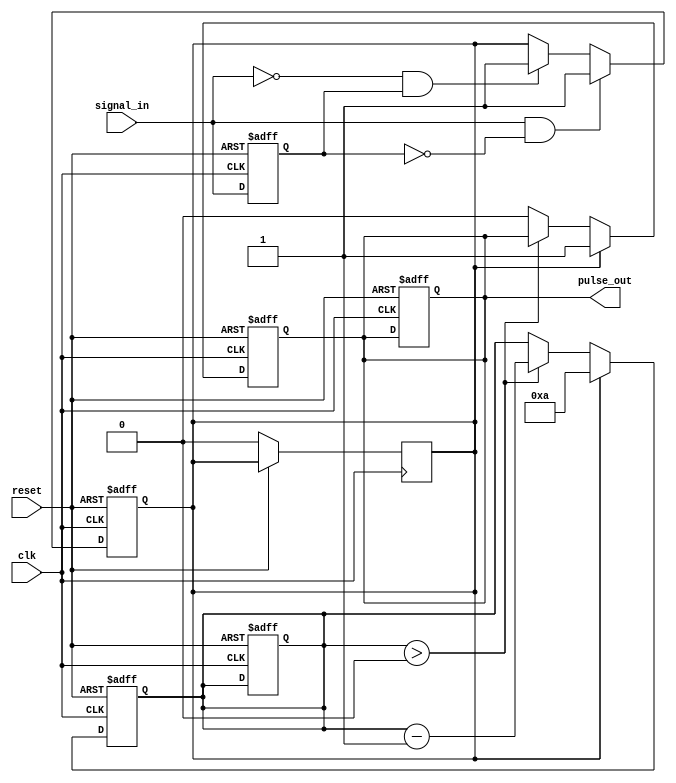
module MonostableEdgeDetector(
    input wire clk,          // Clock input
    input wire reset,        // Reset input
    input wire signal_in,    // Input signal to detect edges
    output reg pulse_out     // Output pulse
);

    reg signal_prev;         // Previous state of input signal
    reg pulse_gen;           // Internal signal for pulse generation
    reg [3:0] pulse_counter; // Counter to control pulse width
    
    // Parameters for pulse width
    parameter PULSE_WIDTH = 10; // Pulse width in clock cycles

    // Edge detection logic
    always @(posedge clk or posedge reset) begin
        if (reset) begin
            signal_prev <= 1'b0; // Initialize previous state to low
            pulse_out <= 1'b0;   // Initialize pulse output to low
            pulse_counter <= 4'd0; // Initialize pulse counter
            pulse_gen <= 1'b0;    // Initialize pulse generation flag
        end else begin
            // Detect rising edge
            if (signal_in == 1'b1 && signal_prev == 1'b0) begin
                pulse_gen <= 1'b1; // Trigger pulse generation
            end
            // Detect falling edge
            else if (signal_in == 1'b0 && signal_prev == 1'b1) begin
                pulse_gen <= 1'b1; // Trigger pulse generation
            end
            signal_prev <= signal_in; // Update previous state
        end
    end

    // Pulse generation logic
    always @(posedge clk or posedge reset) begin
        if (reset) begin
            pulse_out <= 1'b0;      // Reset pulse output
            pulse_counter <= 4'd0;  // Reset counter
        end else if (pulse_gen) begin
            pulse_out <= 1'b1;      // Set pulse output high
            pulse_counter <= PULSE_WIDTH; // Start pulse width counter
            pulse_gen <= 1'b0;      // Clear pulse generation flag
        end else if (pulse_counter > 0) begin
            pulse_counter <= pulse_counter - 1; // Decrement counter
        end else begin
            pulse_out <= 1'b0;      // Set pulse output low after duration
        end
    end

endmodule